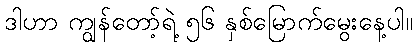
ဒါဟာ ကျွန်တော့်ရဲ့ ၅၆ နှစ်မြောက်မွေးနေ့ပါ။